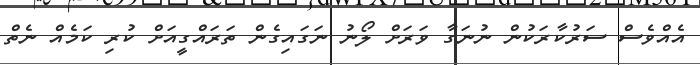
އެއްވެސް ސަރުކާރަކުން ނުނަގާ ވަރަށް ލޯނު ނަގައިގެން ތަރައްގީއަށް ކުރި ކަމެއް ނެތް